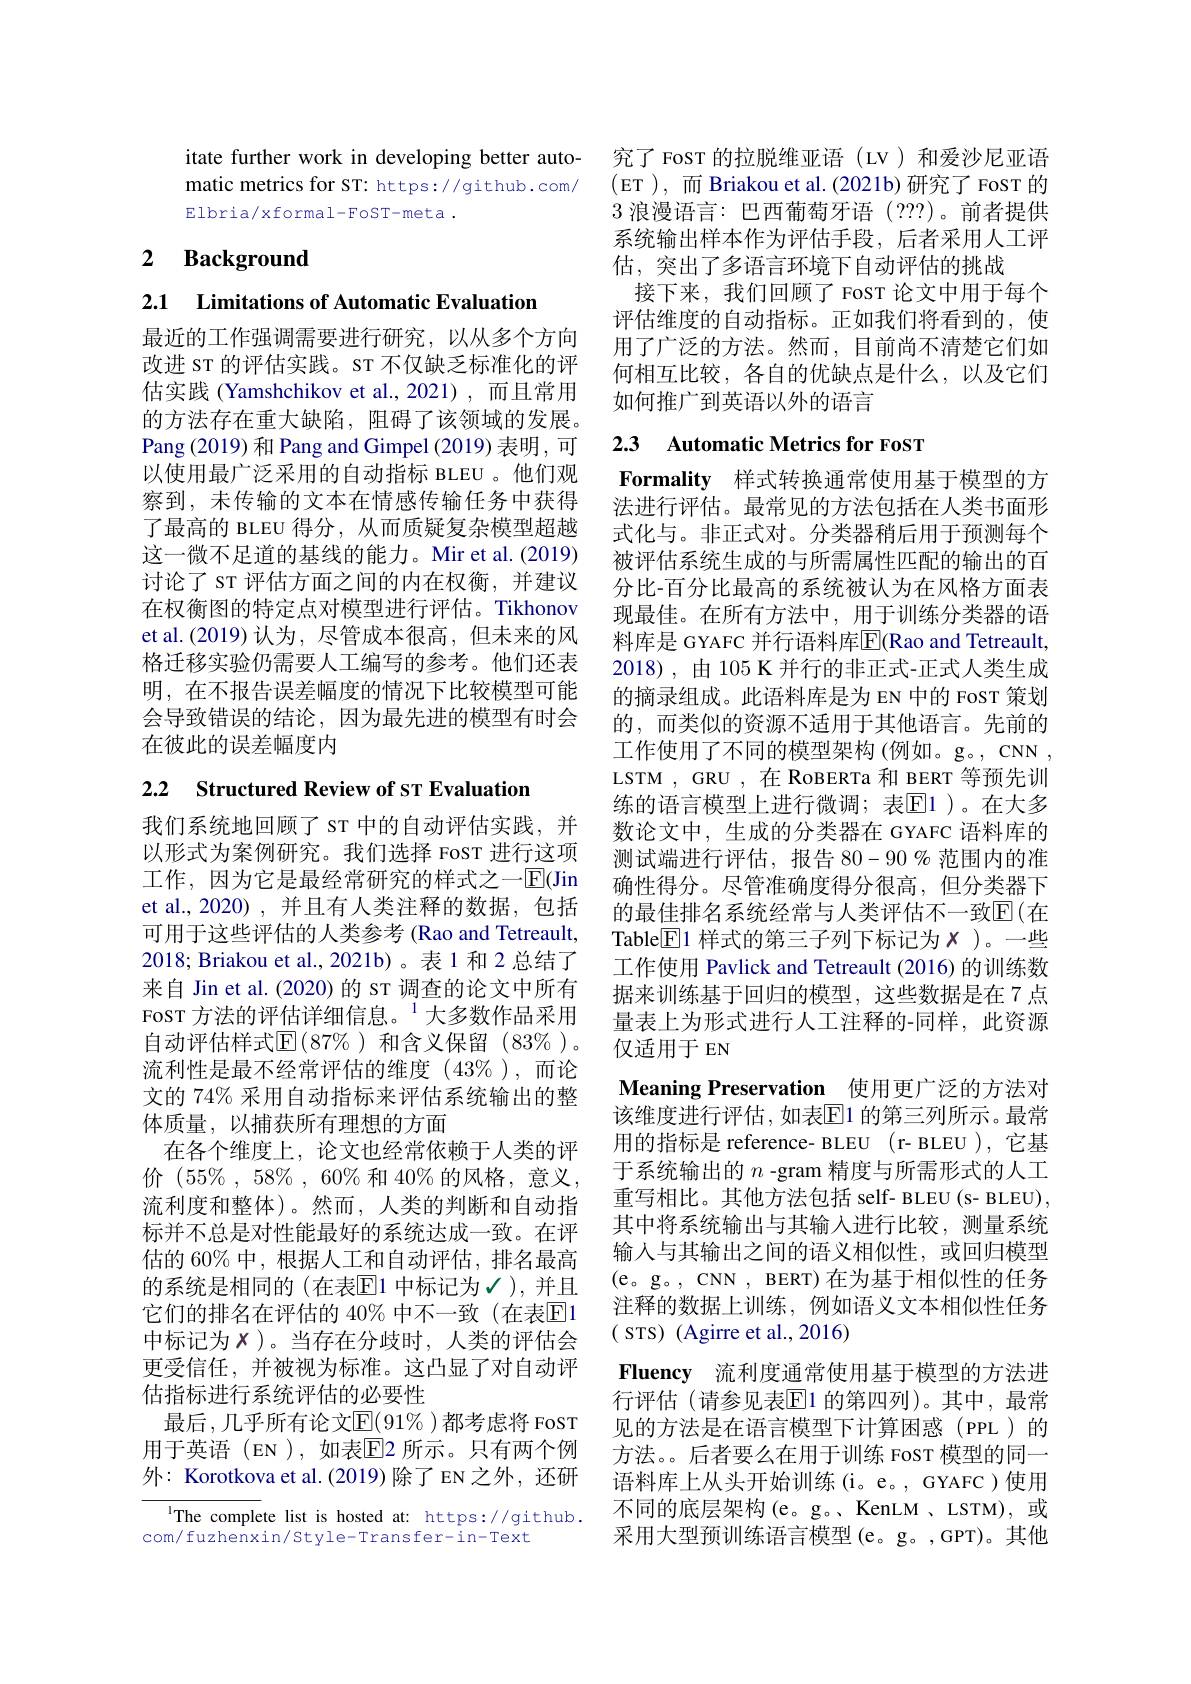
itate further work in developing better automatic metrics for ST: https://github.com/ Elbria/xformal-FoST-meta.

## 2 $\textbf{Background}$

2.1 Limitations of Automatic Evaluation

最近的工作强调需要进行研究，以从多个方向改进 sT 的评估实践。ST 不仅缺乏标准化的评估实践 (Yamshchikov et al.,2021) ,而且常用的方法存在重大缺陷，阻碍了该领域的发展。Pang (2019)和 Pang and Gimpel (2019)表明，可以使用最广泛采用的自动指标 BLEU 。他们观察到，未传输的文本在情感传输任务中获得了最高的 BLEU 得分，从而质疑复杂模型超越这一微不足道的基线的能力。Mir et al.(2019) 讨论了 sr 评估方面之间的内在权衡，并建议在权衡图的特定点对模型进行评估。Tikhonov et al.(2019) 认为，尽管成本很高，但未来的风格迁移实验仍需要人工编写的参考。他们还表明，在不报告误差幅度的情况下比较模型可能会导致错误的结论，因为最先进的模型有时会在彼此的误差幅度内

2.2 Structured Review of sT Evaluation

我们系统地回顾了 sT 中的自动评估实践，并以形式为案例研究。我们选择 FosT 进行这项工作，因为它是最经常研究的样式之一$\overline{\mathrm{E}}($Jin et al., 2020), 并且有人类注释的数据，包括可用于这些评估的人类参考 (Rao and Tetreault, 2018; Briakou et al., 2021b)。表 1 和 2 总结了来自 Jin et al.(2020)的 sT 调查的论文中所有FosT 方法的评估详细信息。$^{1}$大多数作品采用自动评估样式$\mathbb{E}(87\%)$ 和含义保留 $(83\%)$。流利性是最不经常评估的维度 $(43\%)$,而论文的 74% 采用自动指标来评估系统输出的整体质量，以捕获所有理想的方面
在各个维度上，论文也经常依赖于人类的评价 $(55\%,58\%,60\%$和 40%的风格，意义， 流利度和整体)。然而，人类的判断和自动指标并不总是对性能最好的系统达成一致。在评估的 60% 中，根据人工和自动评估，排名最高的系统是相同的(在表$\overline{\mathrm{E}}$1 中标记为$\mathscr{I})$,并且它们的排名在评估的 40% 中不一致 (在表$\mathbb{E}$1中标记为$x$)。当存在分歧时，人类的评估会更受信任，并被视为标准。这凸显了对自动评估指标进行系统评估的必要性
最后，几乎所有论文$\mathbb{E}(91\%)$都考虑将 FoST 用于英语(EN),如表$\mathbb{E}$2 所示。只有两个例外：Korotkova et al.(2019)除了 EN 之外，还研

${^{1}\text{The complete list is hosted at: https://github.}}$
com/fuzhenxin/Style-Transfer-in-Text

究了 FosT 的拉脱维亚语 (LV)和爱沙尼亚语(ET ), 而 Briakou et al. (2021b)研究了 FosT 的3浪漫语言：巴西葡萄牙语(??)。前者提供系统输出样本作为评估手段，后者采用人工评估，突出了多语言环境下自动评估的挑战
接下来，我们回顾了 FosT 论文中用于每个评估维度的自动指标。正如我们将看到的，使用了广泛的方法。然而，目前尚不清楚它们如何相互比较，各自的优缺点是什么，以及它们如何推广到英语以外的语言

## 2.3 Automatic Metrics for FoST

$\textbf{Formality 样 式 转 换 通 常 使 用 基 于 模 型 的 方 }$ 法进行评估。最常见的方法包括在人类书面形式化与。非正式对。分类器稍后用于预测每个被评估系统生成的与所需属性匹配的输出的百分比-百分比最高的系统被认为在风格方面表现最佳。在所有方法中，用于训练分类器的语料库是 GYAFC 并行语料库$\overline{\mathrm{E}}$(Rao and Tetreault, 2018),由105 K 并行的非正式-正式人类生成的摘录组成。此语料库是为 EN 中的 FosT 策划的，而类似的资源不适用于其他语言。先前的工作使用了不同的模型架构(例如。g。,CNN , LSTM , GRU ,在 RoBERTa 和 BERT 等预先训练的语言模型上进行微调；表$\overline{\mathrm{E}}$1)。在大多数论文中，生成的分类器在 GYAFC 语料库的测试端进行评估，报告$80-90\%$范围内的准确性得分。尽管准确度得分很高，但分类器下的最佳排名系统经常与人类评估不一致$\mathbb{E}($在Table$\overline{\mathrm{E}}$1 样式的第三子列下标记为$x$ )。一些工作使用 Pavlick and Tetreault (2016) 的训练数据来训练基于回归的模型，这些数据是在 7 点量表上为形式进行人工注释的-同样，此资源仅适用于 EN
Meaning Preservation 使用更广泛的方法对该维度进行评估，如表$\overline{\mathbb{E}}$1 的第三列所示。最常用的指标是 reference- BLEU (r- BLEU),它基于系统输出的$n$ -gram 精度与所需形式的人工重写相比。其他方法包括 self- BLEU (s- BLEU), 其中将系统输出与其输入进行比较，测量系统输入与其输出之间的语义相似性，或回归模型(e。g。, CNN , BERT) 在为基于相似性的任务注释的数据上训练，例如语义文本相似性任务( STS) (Agirre et al.,2016)
Fluency 流利度通常使用基于模型的方法进行评估(请参见表$\overline{\mathrm{E}}$1 的第四列)。其中，最常见的方法是在语言模型下计算困惑(PPL)的方法。后者要么在用于训练 FosT 模型的同一语料库上从头开始训练(i。e。, GYAFC )使用不同的底层架构(e。g。、KenLM 、LSTM), 或采用大型预训练语言模型(e。g。,GPT)。其他